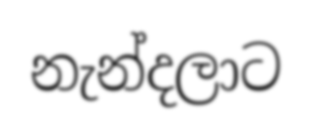
නැන්දලාට